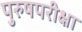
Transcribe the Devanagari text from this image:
पुरुषपरीक्षा